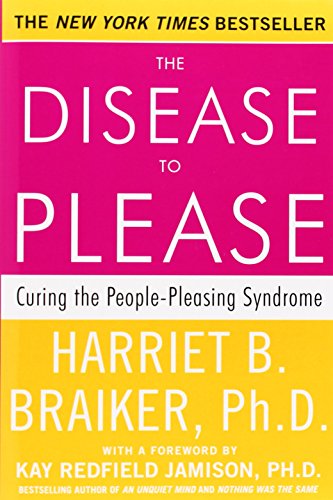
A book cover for The Disease To Please: Curing the People-Pleasing Syndrome; Harriet B. Braiker; Self-Help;